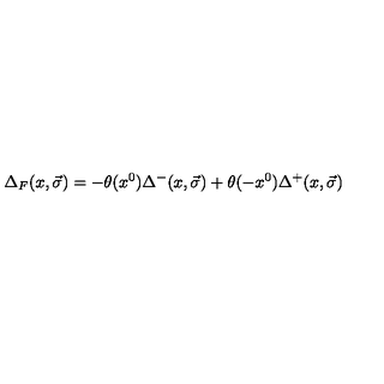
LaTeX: { \Delta } _ { F } ( x , \vec { \sigma } ) = - \theta ( x ^ { 0 } ) { \Delta } ^ { - } ( x , \vec { \sigma } ) + \theta ( - x ^ { 0 } ) { \Delta } ^ { + } ( x , \vec { \sigma } )